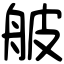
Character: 𦨭